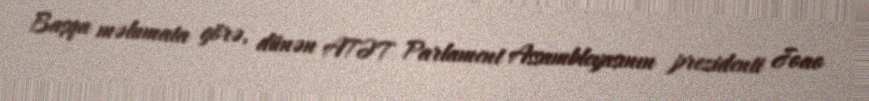
Başqa məlumata görə, dünən ATƏT Parlament Assambleyasının prezidenti Joao